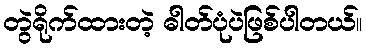
တွဲရိုက်ထားတဲ့ ဓါတ်ပုံပဲဖြစ်ပါတယ်။